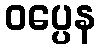
ဝပ္ပေန